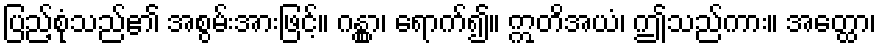
ပြည့်စုံသည်၏ အစွမ်းအားဖြင့်။ ဂန္တွာ၊ ရောက်၍။ ဣတိအယံ၊ ဤသည်ကား။ အတ္ထော၊